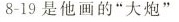
8-19是他画的”大炮”